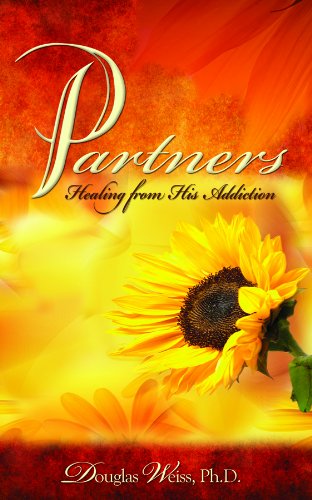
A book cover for Partners: Healing from His Addiction; D. Weiss; Health, Fitness & Dieting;